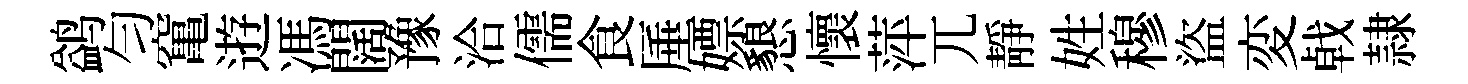
鹢匀𥧄逰馮闊豫洽儒食厜嫖懇懷萍兀靜姓穆盜変㦸隷